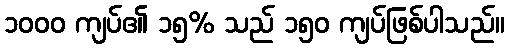
၁၀၀၀ ကျပ်၏ ၁၅% သည် ၁၅၀ ကျပ်ဖြစ်ပါသည်။